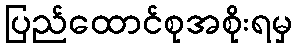
ပြည်ထောင်စုအစိုးရမှ